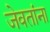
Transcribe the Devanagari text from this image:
जेवतांना